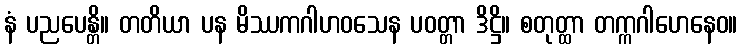
နံ ပညပေန္တိ။ တတိယာ ပန မိဿကဂါဟဝသေန ပဝတ္တာ ဒိဋ္ဌိ။ စတုတ္ထာ တက္ကဂါဟေနေဝ။